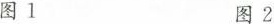
图1 图2